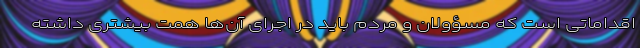
اقداماتی است که مسؤولان و مردم باید در اجرای آن‌ها همت بیشتری داشته